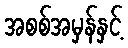
အစစ်အမှန်နှင့်